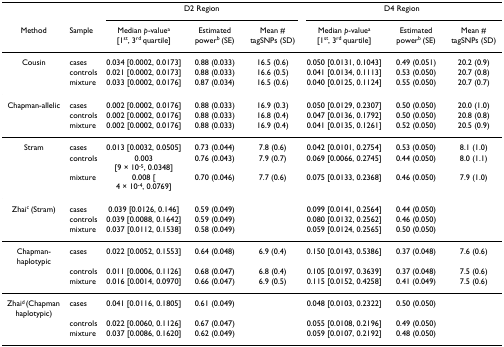
<table><thead><tr><td></td><td></td><td colspan="3"><b>D2 Region</b></td><td colspan="3"><b>D4 Region</b></td></tr><tr><td><b>Method</b></td><td><b>Sample</b></td><td><b>Median <i>p</i>-value<sup>a </sup>[1<sup>st</sup>, 3<sup>rd </sup>quartile]</b></td><td><b>Estimated power<sup>b </sup>(SE)</b></td><td><b>Mean # tagSNPs (SD)</b></td><td><b>Median <i>p</i>-value<sup>a </sup>[1<sup>st</sup>, 3<sup>rd </sup>quartile]</b></td><td><b>Estimated power<sup>b </sup>(SE)</b></td><td><b>Mean # tagSNPs (SD)</b></td></tr></thead><tbody><tr><td>Cousin</td><td>cases</td><td>0.034 [0.0002, 0.0173]</td><td>0.88 (0.033)</td><td>16.5 (0.6)</td><td>0.050 [0.0131, 0.1043]</td><td>0.49 (0.051)</td><td>20.2 (0.9)</td></tr><tr><td></td><td>controls</td><td>0.021 [0.0002, 0.0173]</td><td>0.88 (0.033)</td><td>16.6 (0.5)</td><td>0.041 [0.0134, 0.1113]</td><td>0.53 (0.050)</td><td>20.7 (0.8)</td></tr><tr><td></td><td>mixture</td><td>0.033 [0.0002, 0.0176]</td><td>0.87 (0.034)</td><td>16.5 (0.6)</td><td>0.040 [0.0125, 0.1124]</td><td>0.55 (0.050)</td><td>20.7 (0.7)</td></tr><tr><td>Chapman-allelic</td><td>cases</td><td>0.002 [0.0002, 0.0176]</td><td>0.88 (0.033)</td><td>16.9 (0.3)</td><td>0.050 [0.0129, 0.2307]</td><td>0.50 (0.050)</td><td>20.0 (1.0)</td></tr><tr><td></td><td>controls</td><td>0.002 [0.0002, 0.0176]</td><td>0.88 (0.033)</td><td>16.8 (0.4)</td><td>0.047 [0.0136, 0.1792]</td><td>0.50 (0.050)</td><td>20.8 (0.8)</td></tr><tr><td></td><td>mixture</td><td>0.002 [0.0002, 0.0176]</td><td>0.88 (0.033)</td><td>16.9 (0.4)</td><td>0.041 [0.0135, 0.1261]</td><td>0.52 (0.050)</td><td>20.5 (0.9)</td></tr><tr><td>Stram</td><td>cases</td><td>0.013 [0.0032, 0.0505]</td><td>0.73 (0.044)</td><td>7.8 (0.6)</td><td>0.042 [0.0101, 0.2754]</td><td>0.53 (0.050)</td><td>8.1 (1.0)</td></tr><tr><td></td><td>controls</td><td>0.003 [9 × 10<sup>-5</sup>, 0.0348]</td><td>0.76 (0.043)</td><td>7.9 (0.7)</td><td>0.069 [0.0066, 0.2745]</td><td>0.44 (0.050)</td><td>8.0 (1.1)</td></tr><tr><td></td><td>mixture</td><td>0.008 [4 × 10<sup>-4</sup>, 0.0769]</td><td>0.70 (0.046)</td><td>7.7 (0.6)</td><td>0.075 [0.0133, 0.2368]</td><td>0.46 (0.050)</td><td>7.9 (1.0)</td></tr><tr><td>Zhai<sup>c </sup>(Stram)</td><td>cases</td><td>0.039 [0.0126, 0.146]</td><td>0.59 (0.049)</td><td></td><td>0.099 [0.0141, 0.2564]</td><td>0.44 (0.050)</td><td></td></tr><tr><td></td><td>controls</td><td>0.039 [0.0088, 0.1642]</td><td>0.59 (0.049)</td><td></td><td>0.080 [0.0132, 0.2562]</td><td>0.46 (0.050)</td><td></td></tr><tr><td></td><td>mixture</td><td>0.037 [0.0112, 0.1538]</td><td>0.58 (0.049)</td><td></td><td>0.059 [0.0124, 0.2565]</td><td>0.50 (0.050)</td><td></td></tr><tr><td>Chapman-haplotypic</td><td>cases</td><td>0.022 [0.0052, 0.1553]</td><td>0.64 (0.048)</td><td>6.9 (0.4)</td><td>0.150 [0.0143, 0.5386]</td><td>0.37 (0.048)</td><td>7.6 (0.6)</td></tr><tr><td></td><td>controls</td><td>0.011 [0.0006, 0.1126]</td><td>0.68 (0.047)</td><td>6.8 (0.4)</td><td>0.105 [0.0197, 0.3639]</td><td>0.37 (0.048)</td><td>7.5 (0.6)</td></tr><tr><td></td><td>mixture</td><td>0.016 [0.0014, 0.0970]</td><td>0.66 (0.047)</td><td>6.9 (0.5)</td><td>0.115 [0.0152, 0.4258]</td><td>0.41 (0.049)</td><td>7.5 (0.6)</td></tr><tr><td>Zhai<sup>d </sup>(Chapman haplotypic)</td><td>cases</td><td>0.041 [0.0116, 0.1805]</td><td>0.61 (0.049)</td><td></td><td>0.048 [0.0103, 0.2322]</td><td>0.50 (0.050)</td><td></td></tr><tr><td></td><td>controls</td><td>0.022 [0.0060, 0.1126]</td><td>0.67 (0.047)</td><td></td><td>0.055 [0.0108, 0.2196]</td><td>0.49 (0.050)</td><td></td></tr><tr><td></td><td>mixture</td><td>0.037 [0.0086, 0.1620]</td><td>0.62 (0.049)</td><td></td><td>0.059 [0.0107, 0.2192]</td><td>0.48 (0.050)</td><td></td></tr></tbody></table>